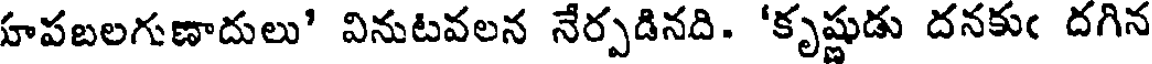
హపబలగుణాదులు' వినుటవలన నేర్పడినది. 'కృష్ణుడు దనకుఁ దగిన